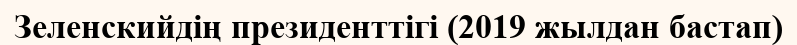
Зеленскийдің президенттігі (2019 жылдан бастап)